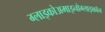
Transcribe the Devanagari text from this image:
ग्लाइकोअमाइनोग्लाइकॉन